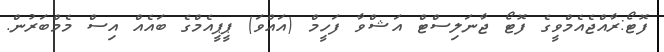
ފޮޓޯ:ރާއްޖެއެމްވީގެ ފޮޓޯ ޖާނަލިސްޓް އަޝްވާ ފަހީމް (އައްވަ) ޕީޕީއެމްގެ ބައެއް އިސް މެމްބަރުން.